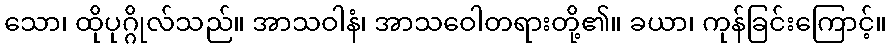
သော၊ ထိုပုဂ္ဂိုလ်သည်။ အာသဝါနံ၊ အာသဝေါတရားတို့၏။ ခယာ၊ ကုန်ခြင်းကြောင့်။